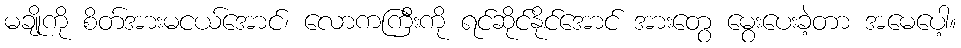
မချိုကို စိတ်အားမငယ်အောင်၊ လောကကြီးကို ရင်ဆိုင်နိုင်အောင် အားတွေ မွေးပေးခဲ့တာ အမေပေါ့။